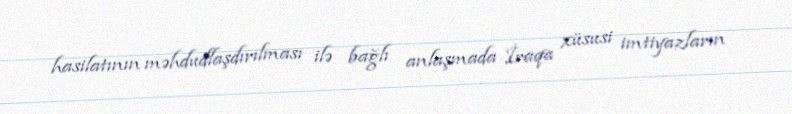
hasilatının məhdudlaşdırılması ilə bağlı anlaşmada İraqa xüsusi imtiyazların